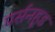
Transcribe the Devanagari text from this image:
पर्सनहूड